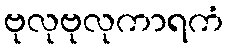
ဗုလုဗုလုကာရကံ